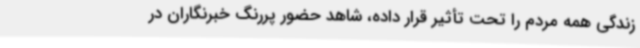
زندگی همه مردم را تحت تأثیر قرار داده، شاهد حضور پررنگ خبرنگاران در